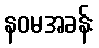
နဝမအခန်း